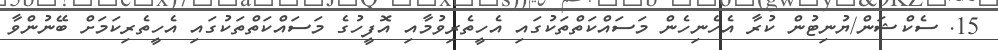
15. ސެކްޝަން/ޔުނިޓުން ކުރާ އެހެނިހެން މަސައްކަތްތަކުގައި އެހީތެރިވުމާއި އޮފީހުގެ މަސައްކަތްތަކުގައި އެހީތެރިކަމަށް ބޭނުންވާ